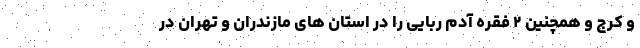
و کرج و همچنین ۲ فقره آدم ربایی را در استان های مازندران و تهران در